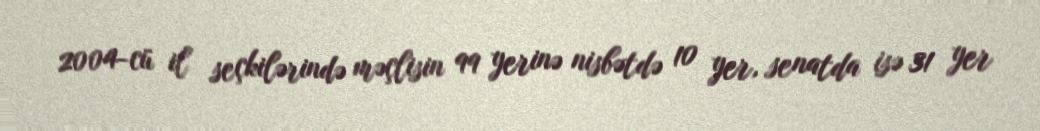
2004-cü il seçkilərində məçlisin 99 yerinə nisbətdə 10 yer, senatda isə 31 yer